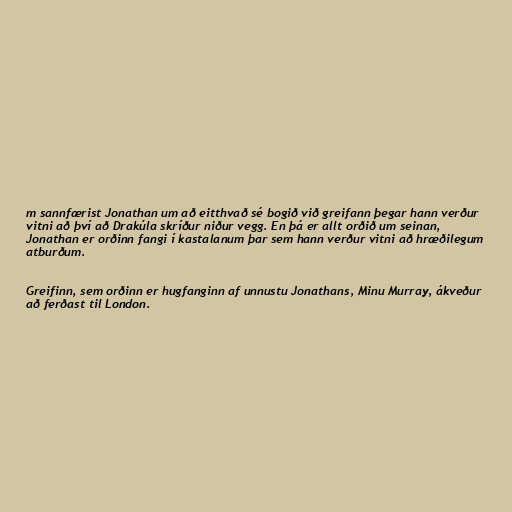
m sannfærist Jonathan um að eitthvað sé bogið við greifann þegar hann verður
vitni að því að Drakúla skríður niður vegg. En þá er allt orðið um seinan,
Jonathan er orðinn fangi í kastalanum þar sem hann verður vitni að hræðilegum
atburðum.

Greifinn, sem orðinn er hugfanginn af unnustu Jonathans, Minu Murray, ákveður
að ferðast til London.